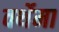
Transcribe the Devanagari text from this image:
वर्थेमा